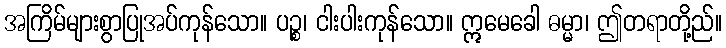
အကြိမ်များစွာပြုအပ်ကုန်သော။ ပဉ္စ၊ ငါးပါးကုန်သော။ ဣမေခေါ ဓမ္မာ၊ ဤတရာတို့ည်။